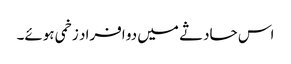
اس حادثے میں دو افراد زخمی ہوئے۔